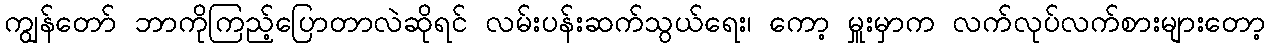
ကျွန်တော် ဘာကိုကြည့်ပြောတာလဲဆိုရင် လမ်းပန်းဆက်သွယ်ရေး၊ ကော့ မှူးမှာက လက်လုပ်လက်စားများတော့